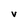
Character: v